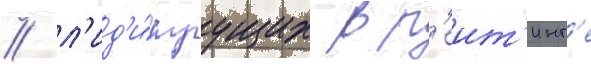
/ л'ид'и́руущих в р'еит'инг'е